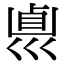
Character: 𠨀